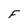
Character: F